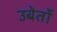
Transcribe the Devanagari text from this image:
उबेर्तो